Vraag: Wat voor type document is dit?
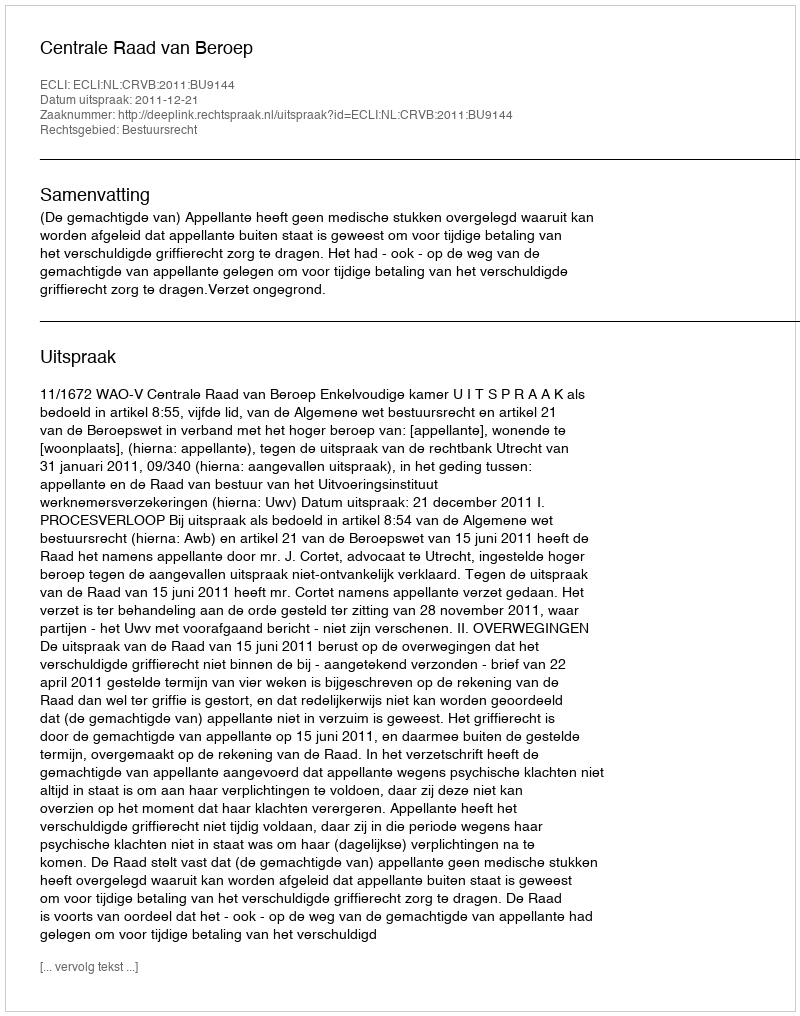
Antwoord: Uitspraak